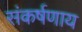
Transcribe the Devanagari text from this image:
संकर्षणाय